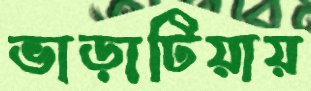
ভাড়াটিয়ায়